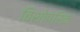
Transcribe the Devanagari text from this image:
बिशोपरिक